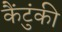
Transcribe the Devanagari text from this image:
कैंटुंकी